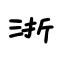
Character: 浙